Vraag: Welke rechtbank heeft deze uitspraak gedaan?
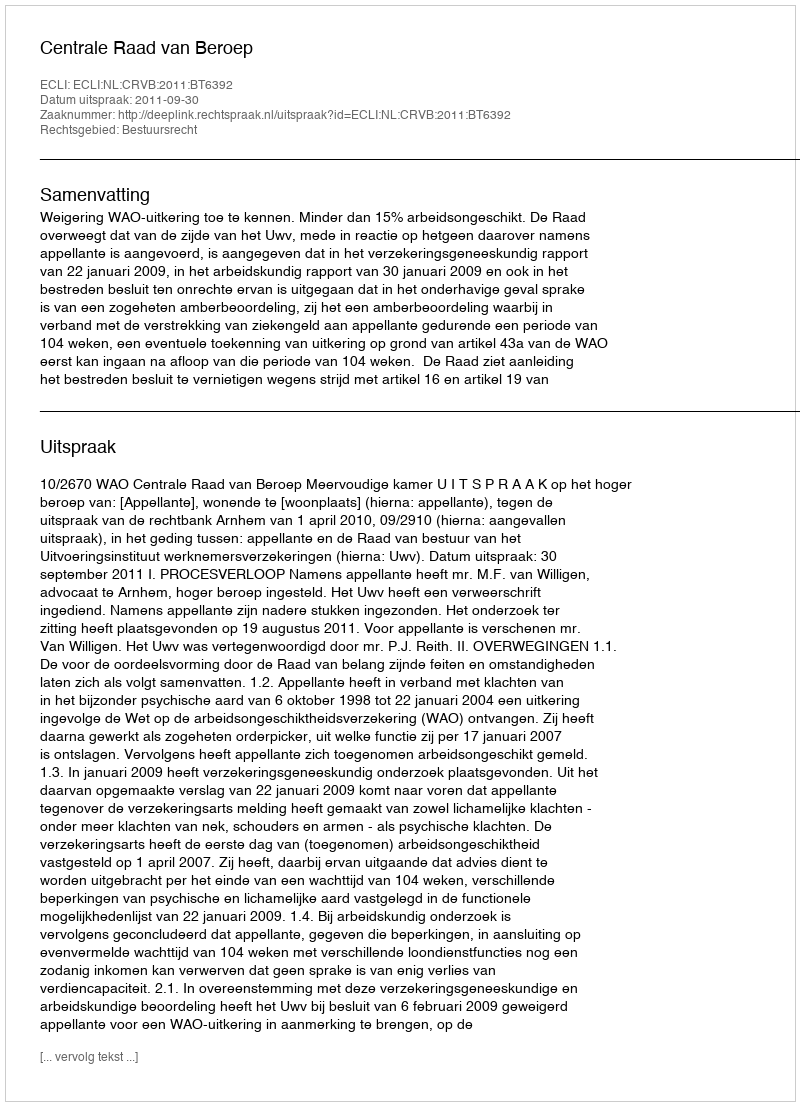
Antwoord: Centrale Raad van Beroep